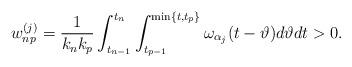
LaTeX: \begin{align*} w_{np}^{(j)} = \frac{1}{k_nk_p}\int_{t_{n-1}}^{t_n}\int_{t_{p-1}}^{\min\{t,t_p\}}\omega_{\alpha_j}(t-\vartheta) d\vartheta dt >0. \end{align*}